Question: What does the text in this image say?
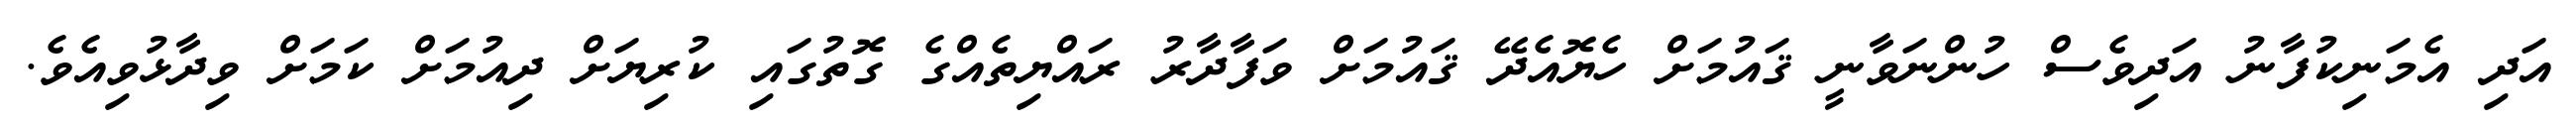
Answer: އަދި އެމަނިކުފާނު އަދިވެސް ހުންނަވާނީ ޤައުމަށް ހެޔޮއެދޭ ޤައުމަށް ވަފާދާރު ރައްޔިތެއްގެ ގޮތުގައި ކުރިޔަށް ދިއުމަށް ކަމަށް ވިދާޅުވިއެވެ.